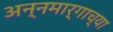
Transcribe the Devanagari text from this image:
अन्नमार्गाच्या